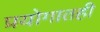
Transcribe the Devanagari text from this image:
प्रयोगातही